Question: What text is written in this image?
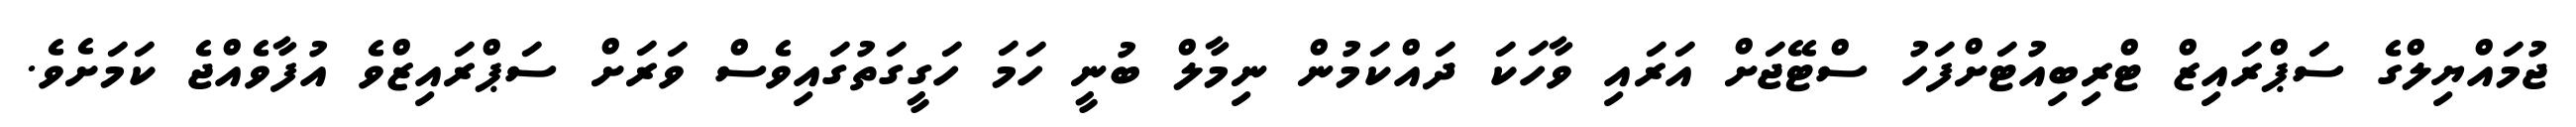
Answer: ޖުމައްޔިލްގެ ސަޕްރައިޒް ޓްރިބިއުޓަށްފަހު ސްޓޭޖަށް އަރައި ވާހަކަ ދައްކަމުން ނިމާލް ބުނީ ހަމަ ހަގީގަތުގައިވެސް ވަރަށް ސަޕްރައިޒްވެ އުފާވެއްޖެ ކަމަށެވެ.